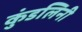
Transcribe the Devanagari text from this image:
कुंडलिनी